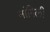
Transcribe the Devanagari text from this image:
नांगिली